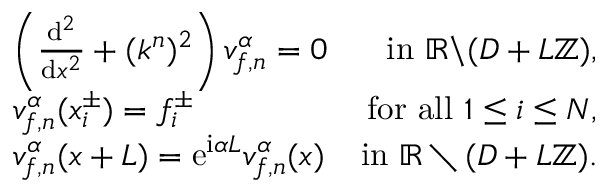
\begin{array} { r l r } & { \left( \frac { \mathrm { d } ^ { 2 } } { \mathrm { d } x ^ { 2 } } + ( k ^ { n } ) ^ { 2 } \right) v _ { f , n } ^ { \alpha } = 0 } & { \mathrm { i n ~ } \mathbb { R } \backslash ( D + L \mathbb { Z } ) , } \\ & { v _ { f , n } ^ { \alpha } ( x _ { i } ^ { \pm } ) = f _ { i } ^ { \pm } } & { \mathrm { f o r ~ a l l ~ } 1 \leq i \leq N , } \\ & { v _ { f , n } ^ { \alpha } ( x + L ) = \mathrm { e } ^ { \mathrm { i } \alpha L } v _ { f , n } ^ { \alpha } ( x ) } & { \mathrm { i n ~ } \mathbb { R } \setminus ( D + L \mathbb { Z } ) . } \end{array}